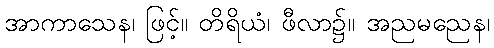
အာကာသေန၊ ဖြင့်။ တိရိယံ၊ ဖီလာ၌။ အညမညေန၊